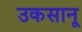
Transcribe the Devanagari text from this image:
उकसानू